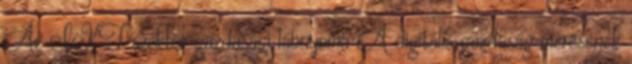
Az IKT szektor gazdasági lábnyoma A digitális gazdaság mérésének